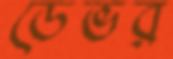
ডেভর